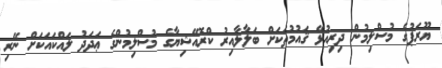
ޔޫރަޕުގެ މުސްލިމުން ދިރިއުޅޭ ޤައުމުތަކަށް ބަލާލާއިރު ކްރޮއޭޝިޔާގެ މުސްލިމުންގެ ޢަދަދު ލައްކައަކަށް ނޭރި